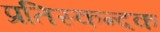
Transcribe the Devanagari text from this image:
प्रतिस्कन्दक